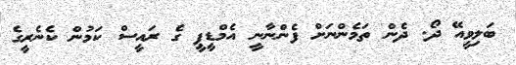
ބަލިވީއޭ ދޯ. ދެން ތަމެންނަށް ފެންނާނީ އެމްޑީޕީ ގެ ރައީސް ކަމުން ކެނެރީގެ